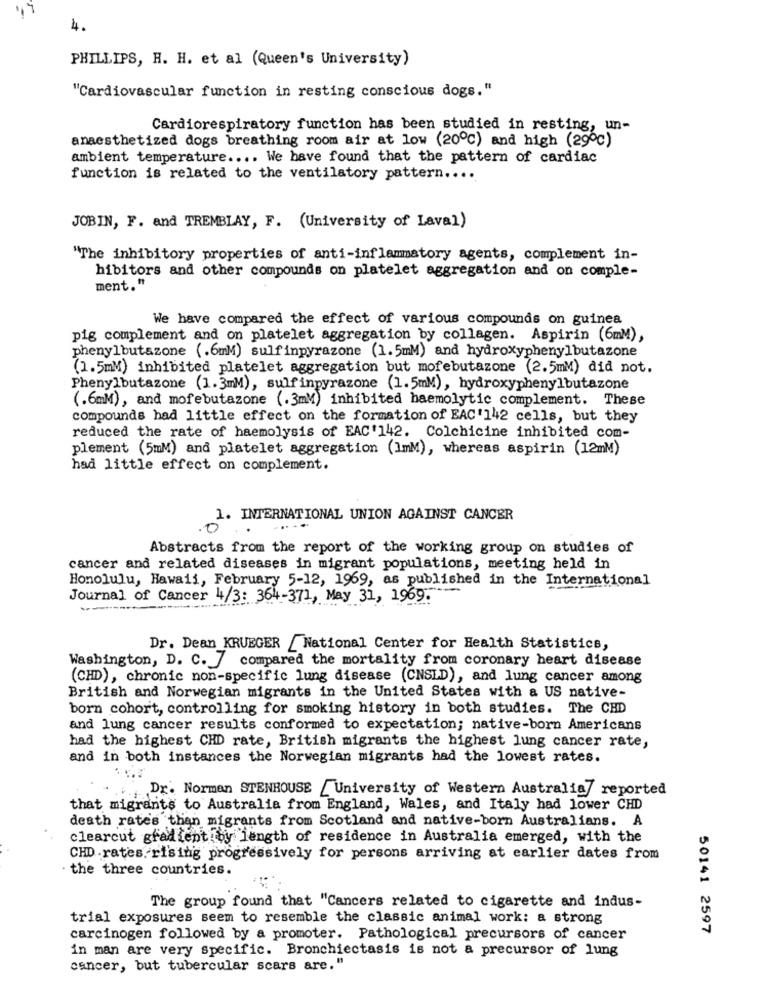
4.
PHILLIPS, H. H. et al (Queen's University)
"Cardiovascular function in resting conscious dogs."
Cardiorespiratory function has been studied in resting, un-
anaesthetized dogs breathing room air at low (20℃) and high (29ºc)
ambient temperature .... We have found that the pattern of cardiac
function is related to the ventilatory pattern ....
JOBIN, F. and TREMBLAY, F. (University of Laval)
"The inhibitory properties of anti-inflammatory agents, complement in-
hibitors and other compounds on platelet aggregation and on comple-
ment."
We have compared the effect of various compounds on guinea
pig complement and on platelet aggregation by collagen. Aspirin (6mM),
phenylbutazone (.6mM) sulfinpyrazone (1.5mM) and hydroxyphenylbutazone
(1.5mM) inhibited platelet aggregation but mofebutazone (2.5mM) did not.
Phenylbutazone (1.3mM), sulfinpyrazone (1.5mM), hydroxyphenylbutazone
(.6mM), and morebutazone (.3mM) inhibited haemolytic complement. These
compounds had little effect on the formation of EAC'142 cells, but they
reduced the rate of haemolysis of EAC'142. Colchicine inhibited com-
plement (5mM) and platelet aggregation (ImM), whereas aspirin (12mM)
had little effect on complement.
1. INTERNATIONAL UNION AGAINST CANCER
Abstracts from the report of the working group on studies of
cancer and related diseases in migrant populations, meeting held in
Honolulu, Hawaii, February 5-12, 1969, as published in the International
Journal of Cancer 4/3: 364-371, May 31, 1969.
Dr. Dean KRUEGER _ National Center for Health Statistics,
Washington, D. C. / compared the mortality from coronary heart disease
(CHD), chronic non-specific lung disease (CNSLD), and lung cancer among
British and Norwegian migrants in the United States with a US native-
born cohort, controlling for smoking history in both studies. The CHD
and lung cancer results conformed to expectation; native-born Americans
had the highest CHD rate, British migrants the highest lung cancer rate,
and in both instances the Norwegian migrants had the lowest rates.
Dr. Norman STENHOUSE / University of Western Australia/ reported
that migrants to Australia from England, Wales, and Italy had lower CHD
death rate's than migrants from Scotland and native-born Australians. A
clearcut gradient by length of residence in Australia emerged, with the
CHD.rates. rising progressively for persons arriving at earlier dates from
the three countries.
The group found that "Cancers related to cigarette and indus-
trial exposures seem to resemble the classic animal work: a strong
50141 2597
carcinogen followed by a promoter. Pathological precursors of cancer
in man are very specific. Bronchiectasis is not a precursor of lung
cancer, but tubercular scars are."